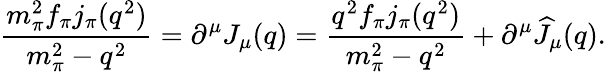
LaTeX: \displaystyle{\frac{m_{\pi}^{2}f_{\pi}j_{\pi}(q^{2})}{m_{\pi}^{2}-q^{2}}=\partial^{\mu}J_{\mu}(q)=\frac{q^{2}f_{\pi}j_{\pi}(q^{2})}{m_{\pi}^{2}-q^{2}}+\partial^{\mu}\widehat J_{\mu}(q).}